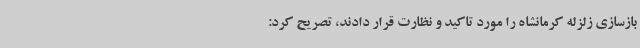
بازسازی زلزله کرمانشاه را مورد تاکید و نظارت قرار دادند، تصریح کرد: